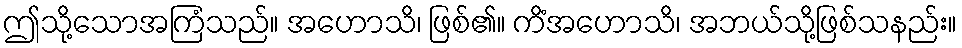
ဤသို့သောအကြံသည်။ အဟောသိ၊ ဖြစ်၏။ ကိံအဟောသိ၊ အဘယ်သို့ဖြစ်သနည်း။